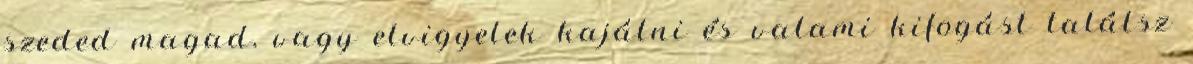
szeded magad, vagy elvigyelek kajálni és valami kifogást találsz